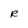
Character: R